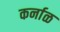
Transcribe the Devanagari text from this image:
कर्नाळ